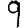
Digit: 9